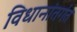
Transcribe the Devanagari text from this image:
विधानांतर्गत